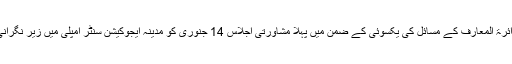
جنوری : ( راست ) : سادات ایجوکیشن اینڈ ویلفیر سوسائٹی کے زیر اہتمام دائرۃ المعارف کے مسائل کی یکسوئی کے ضمن میں پہلا مشاورتی اجلاس 14 جنوری کو مدینہ ایجوکیشن سنٹر امپلی میں زیر نگرانی مولانا سید قبول پاشاہ قادری شطاری معتمد مجلس علمائے دکن منعقد ہوا ۔